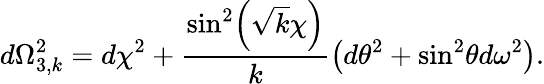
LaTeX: d\Omega_{3,k}^{2}=d\chi^{2}+\frac{\sin^{2}\! \left(\sqrt{k}\chi\right)}{k}\left(d\theta^{2}+\sin^{2}\! \theta d\omega^{2}\right).